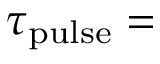
\tau _ { \mathrm { p u l s e } } =